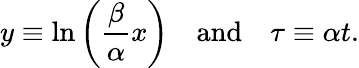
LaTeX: y\equiv\ln\left(\frac{\beta}{\alpha}x\right)\quad\textrm{and}\quad\tau\equiv\alpha t.